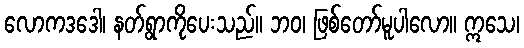
လောကဒဒေါ၊ နတ်ရွာကိုပေးသည်။ ဘဝ၊ ဖြစ်တော်မူပါလော။ ဣသေ၊